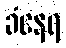
ခံနေရ